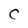
Character: C